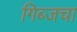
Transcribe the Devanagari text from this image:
गिब्जचा